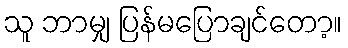
သူ ဘာမျှ ပြန်မပြောချင်တော့။